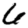
Digit: 6